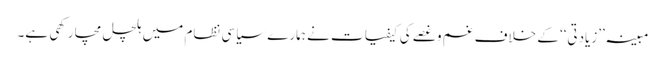
مبینہ ’’زیادتی‘‘ کے خلاف غم وغصے کی کیفیات نے ہمارے سیاسی نظام میں ہلچل مچا رکھی ہے۔